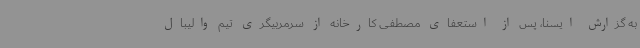
به گزارش ایسنا، پس از استعفای مصطفی کارخانه از سرمربیگری تیم والیبال